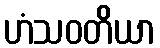
ဟံသဝတိယာ